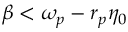
\beta < \omega _ { p } - r _ { p } \eta _ { 0 }